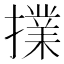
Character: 擈